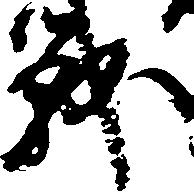
戦